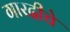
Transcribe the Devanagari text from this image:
गारदीचे